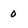
Character: 0